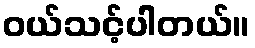
ဝယ်သင့်ပါတယ်။